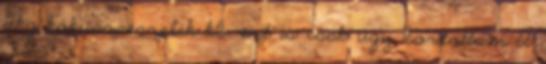
dkg kókuszreszelék kb. ezt is csak úgy borítottam A